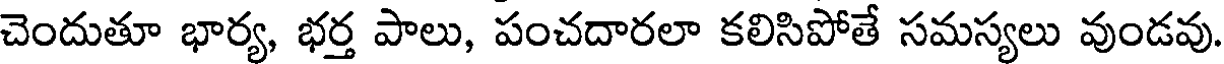
చెందుతూ భార్య, భర్త పాలు, పంచదారలా కలిసిపోతే సమస్యలు వుండవు